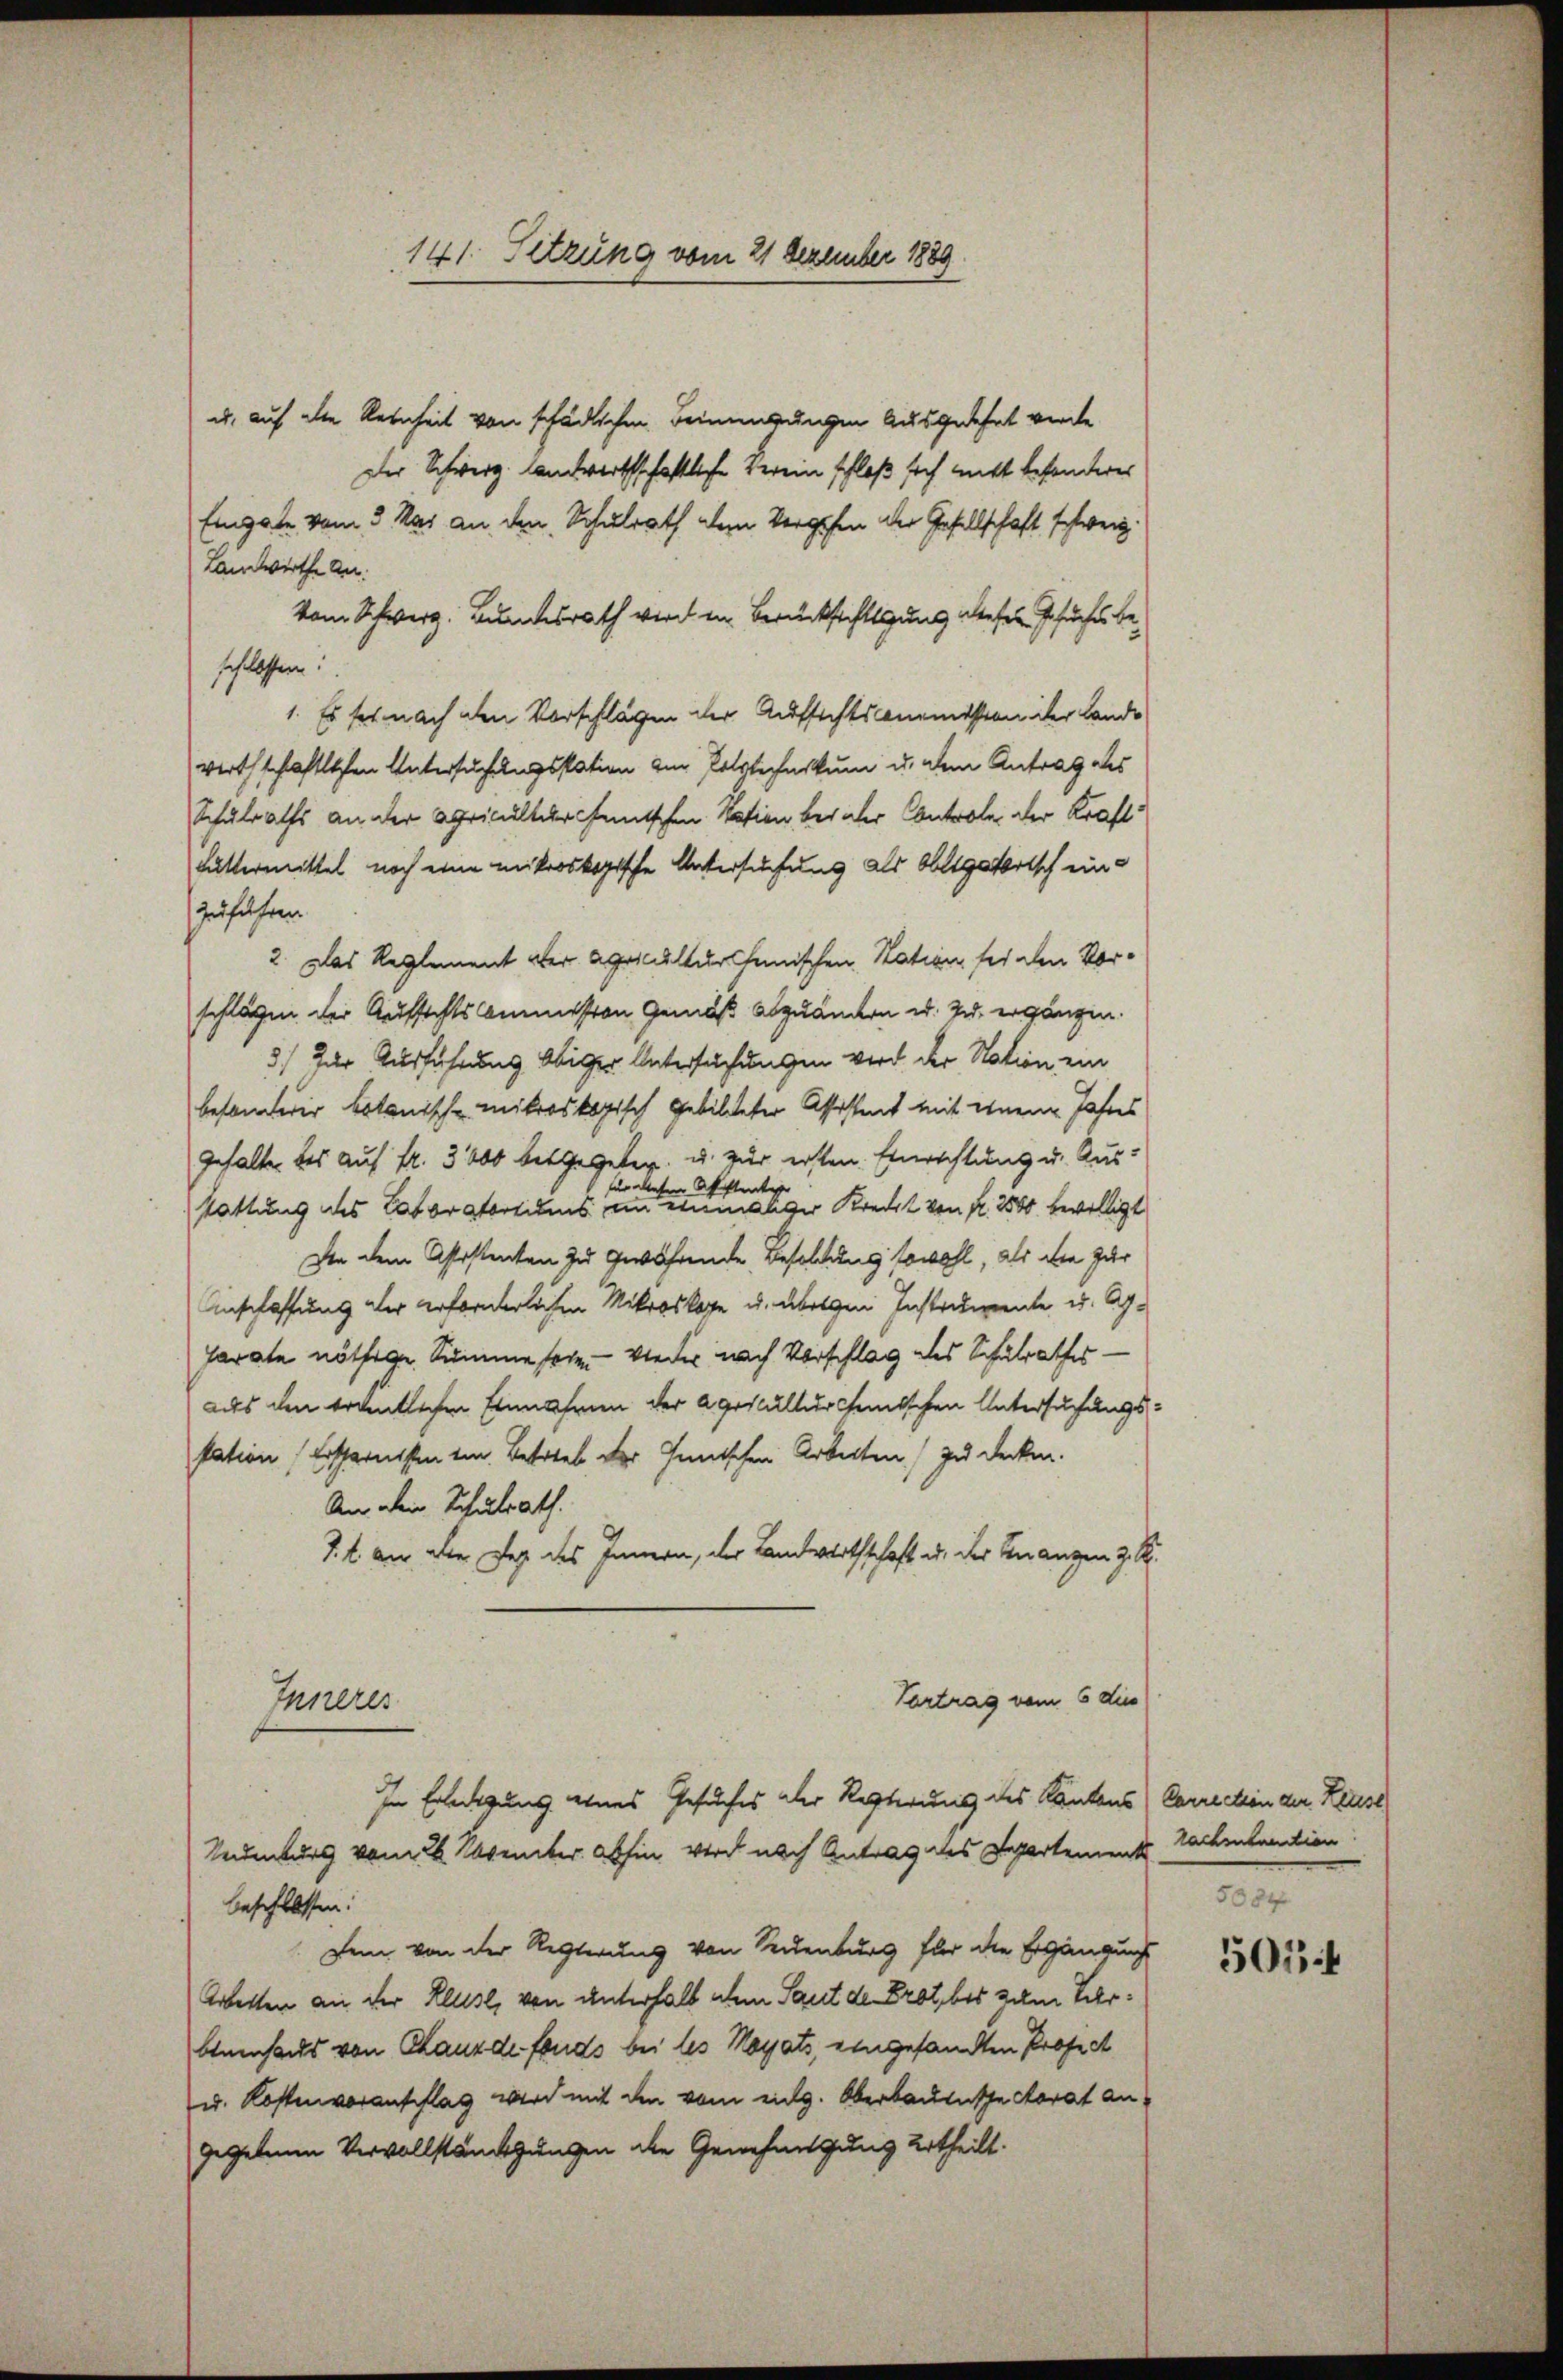
141. Sitzung vom 21 Dezember 1889.

u, auf alte Reinheit von schädlichen Beinigungen ausgedehnt werde
Der Schweiz. landwirthschaftliche Verein schloß sich nicht besonderes
Eingate vom 3. Mai an den Schulrath dem Vergehen der Gesellschaft schweiz.
Landwirthe An
vom Schwerz. Bundesrath wird in Berücksichtigung dieser Gesuches beschlossen!
1. Es hat nach den Vorschlägen der Aufsichtsconomission der Lande
wirthschaftlichen Untersuchungsstation am Polytechnikum u. dem Antrag des
Schulraths an der Agricultur feutschen Nation bei der Controle der Kraft¬
Futtermittel noch eine mikroskopische Untersuchung als Obligatorisch einzuführen
2. Das Reglement der Apoccultur heimischen Station sei den Vorschlägen der Aufsichtscommission Gemäß abzuändern u. zu ergängen.
3) Zur Ausführung obiger Untersuchungen wird der Nation ein
besonderer botanische mitroskopisch gebildeter Assessent mit einem Jahres
Gehalte des auf fr. 3000 betgegeben, u. zur ersten Einrichtung u. Ausfür diesen Assistentige
stattung des Laboratortions an einmaliger Kreut von Nr. 2500 bewilligt
Von dem Assistenten zu gewährende Besoldung sowohl, als die zur
Anschaffung der erforderlichen Mikroskope u. übrigen Instradiente u. Apparate nöthige Summe sehe. Wieder nach Vorschlag des Schulrathes —
aus den trantlichen Einnahmen der Aesculturhemischen Untersuchungsstation (Ersparnissen im Betrieb der Gemischen Arbeiten zu decken.
An dein Schulrath.
7. t an die Tag des Innern, der Landwirthschaft u. der Finanzen z. R.
Vertrag vom 6 die
Inneres
In Erledigung eines Gesuches der Regierung des Kantons (Correction der Reus
Naumburg vom 26. November abhin wird nach Antrag des Departement
beschlossen:
Dem von der Retterung von Neuenburg für die Ergängung
Arbeiten an der Kluse, von unterhalb dem Saut der Brot, bis zum Terbenenhaus von Chaux de fonds bei les Mayats, eingesandten Profess
u. Kostenvoranschlag wird mit den vom eing. Oberbaulasse Morat angegebenen Vervollständigungen die Genehmigung urtheilt.

Rachentantien
5084

501 f